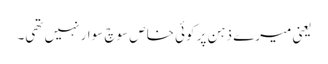
یعنی میرے ذہن پر کوئی خاص سوچ سوار نہیں تھی۔